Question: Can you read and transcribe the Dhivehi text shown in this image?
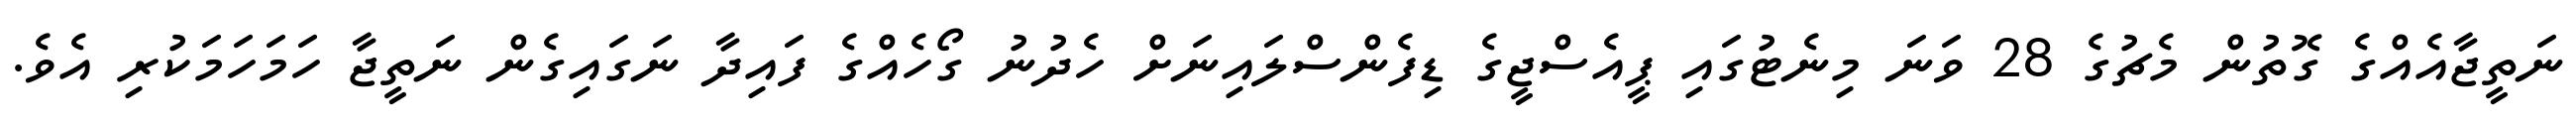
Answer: ނަތީޖާއެއްގެ ގޮތުން މެޗުގެ 28 ވަނަ މިނެޓުގައި ޕީއެސްޖީގެ ޑިފެންސްލައިނަށް ހެދުނު ގޯހެއްގެ ފައިދާ ނަގައިގެން ނަތީޖާ ހަމަހަމަކުރި އެވެ.